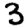
Digit: 3